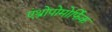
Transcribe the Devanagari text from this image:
एंथ्रोपोमोर्फिक